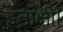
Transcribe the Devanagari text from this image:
इनाक्षी।